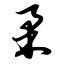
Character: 柔